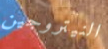
النيتروجين